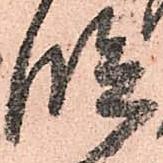
段